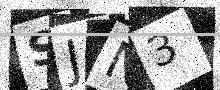
Text: SJN3